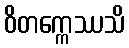
ဝိတက္ကေဿသိ